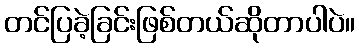
တင်ပြခဲ့ခြင်းဖြစ်တယ်ဆိုတာပါပဲ။